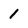
Character: 1